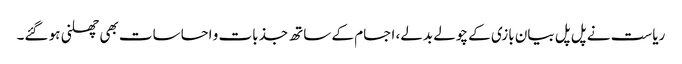
ریاست نے پل پل بیان بازی کے چولے بدلے، اجسام کے ساتھ جذبات و احساسات بھی چھلنی ہو گئے۔